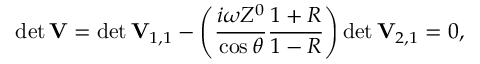
\operatorname* { d e t } \mathbf { V } = \operatorname* { d e t } \mathbf { V } _ { 1 , 1 } - \left( \frac { i \omega Z ^ { 0 } } { \cos \theta } \frac { 1 + R } { 1 - R } \right) \operatorname* { d e t } \mathbf { V } _ { 2 , 1 } = 0 ,